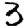
Digit: 3